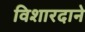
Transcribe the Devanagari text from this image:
विशारदाने